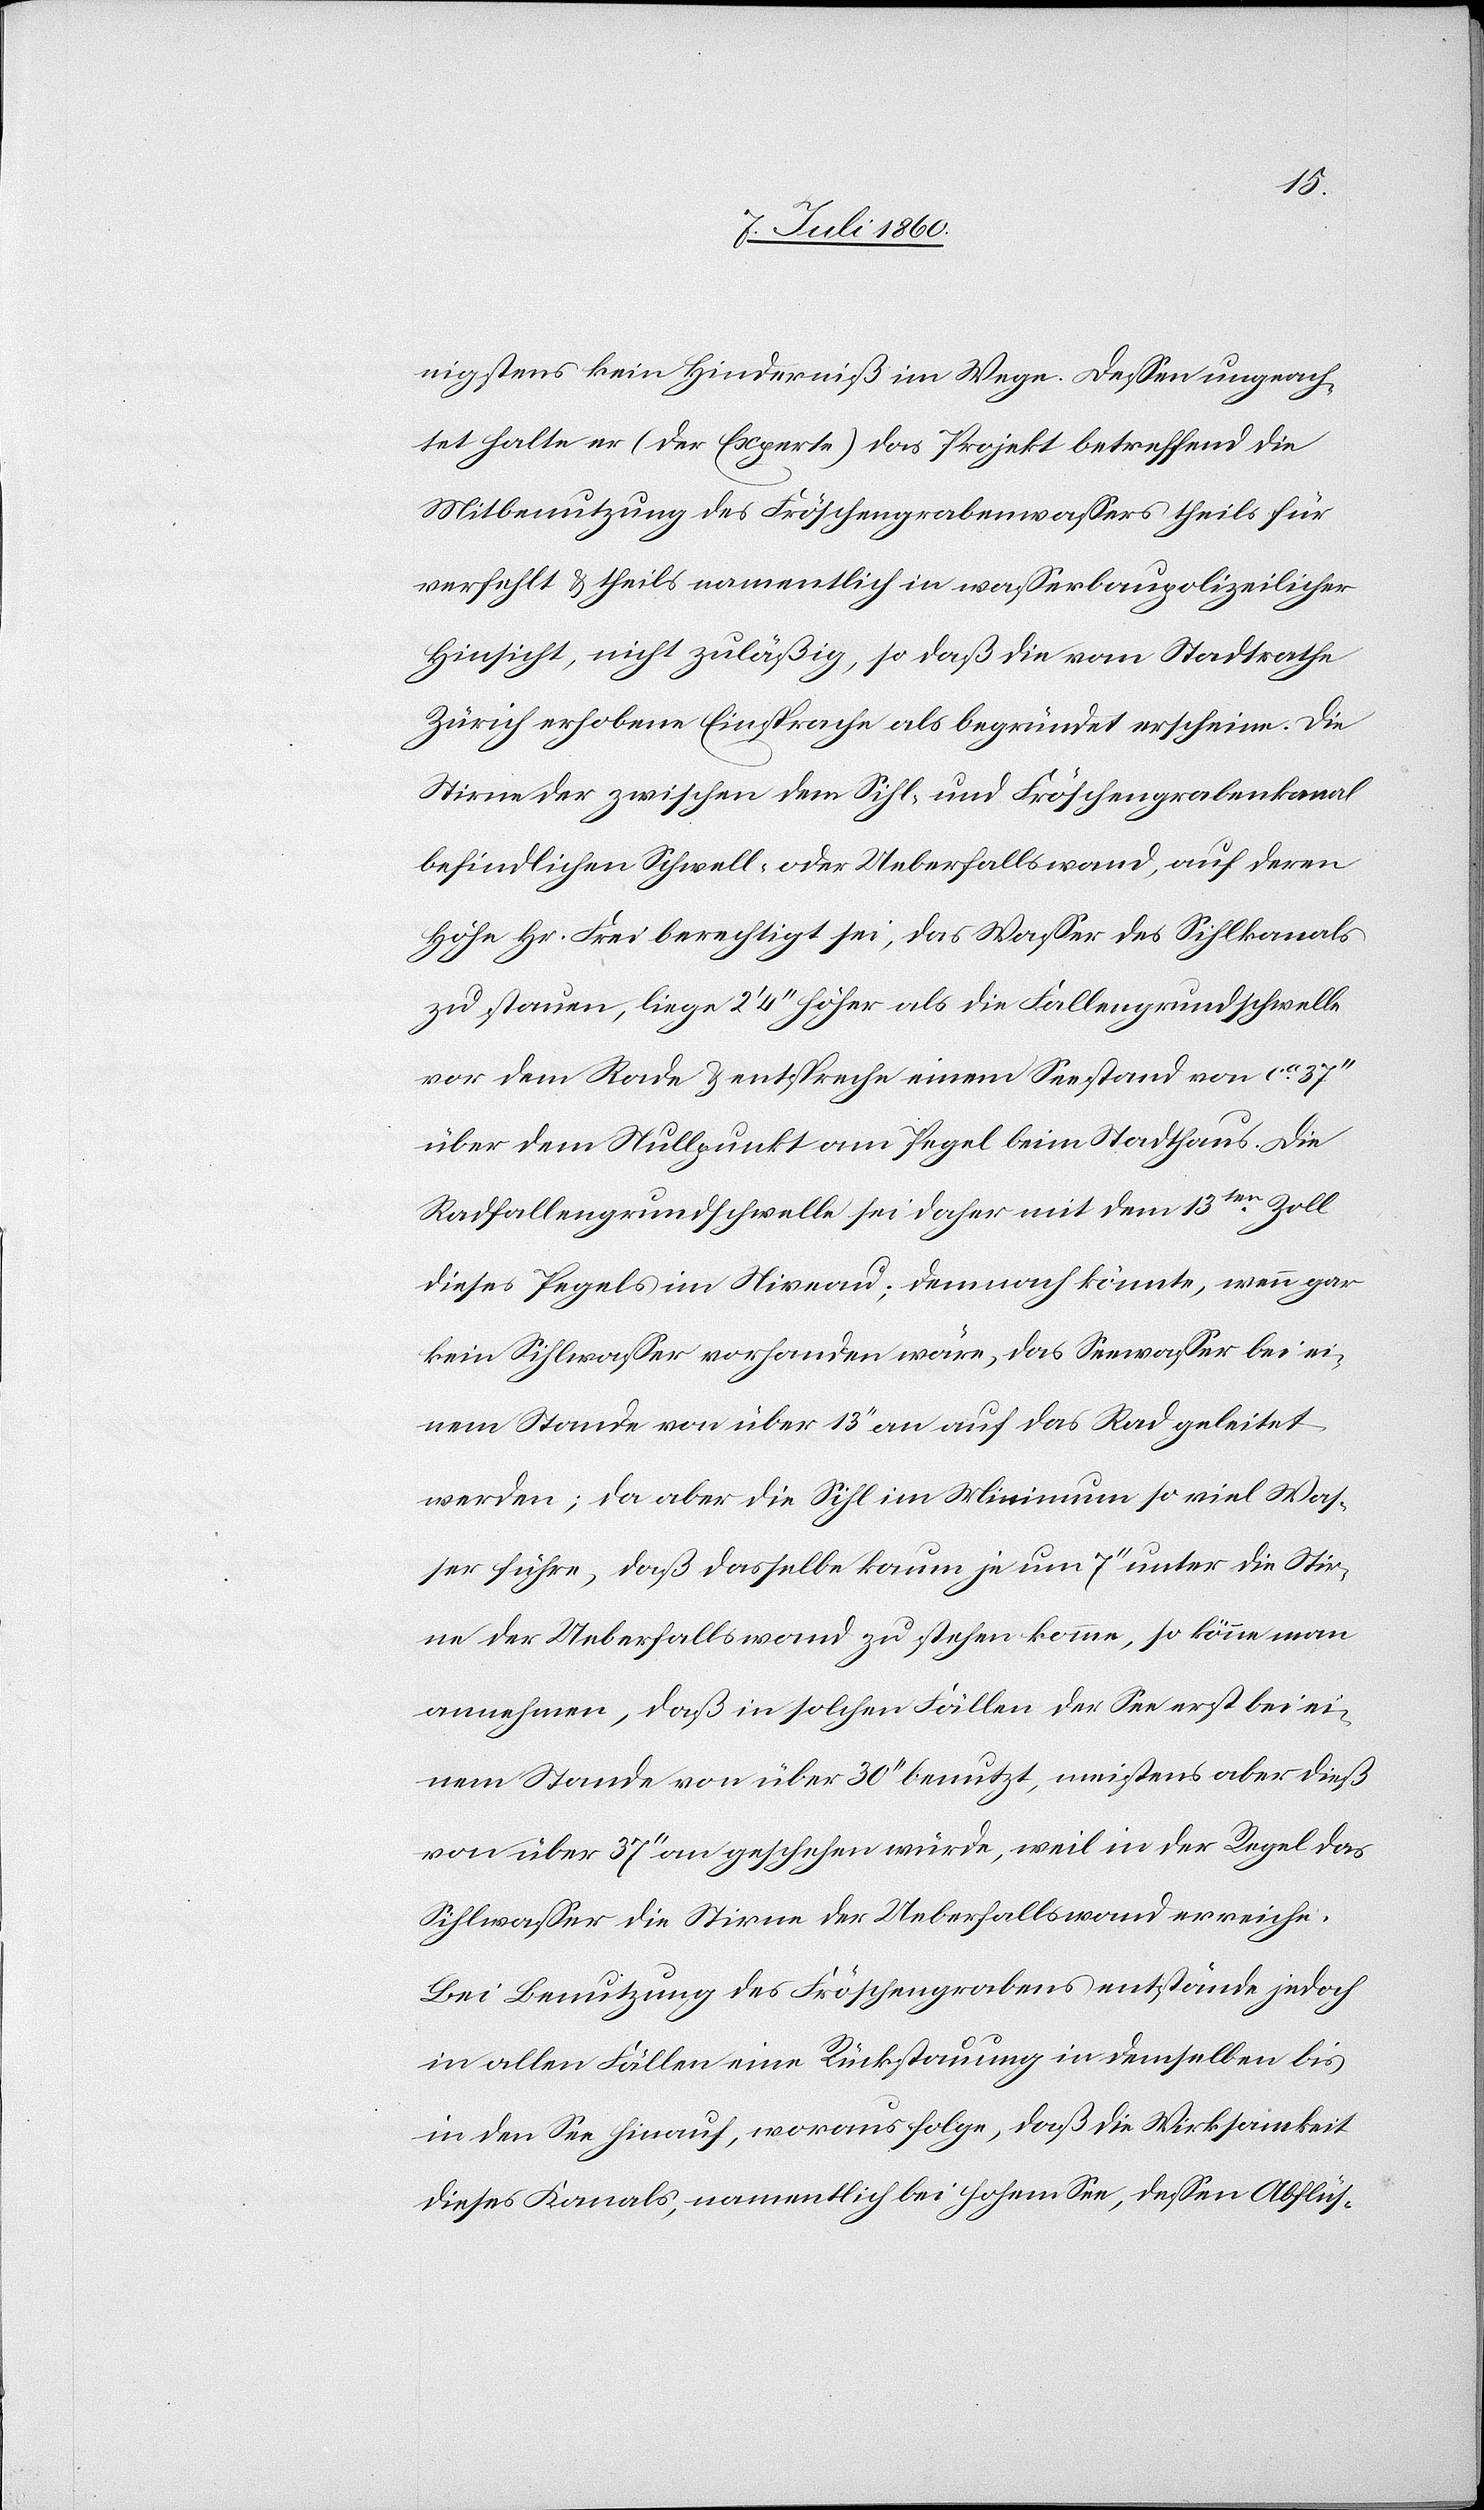
nigstens kein Hinderniß im Wege. Dessen ungeach¬
tet halte er (der Experte) das Projekt betreffend die
Mitbenutzung des Fröschengrabenwassers theils für
verfehlt & theils namentlich in wasserbaupolizeilicher
Hinsicht, nicht zuläßig, so daß die vom Stadtrathe
Zürich erhobene Einsprache als begründet erscheine. Die
Stirne der zwischen Sihl- und Fröschengrabenkanal
befindlichen Schwell- oder Ueberfallswand, auf deren
Höhe Hr. Frei berechtigt sei, das Wasser des Sihlkanals
zu stauen, liege 2’ 4’’ höher als die Fallengrundschwelle
vor dem Rade & entspreche einem Seestand von ca. 37’’
über dem Nullpunkt am Pegel beim Stadthaus. Die
Radfallengrundschwelle sei daher mit dem 13ten. Zoll
dieses Pegels im Niveau; demnach könnte, wenn gar
kein Sihlwasser vorhanden wäre, das Seewasser bei ei¬
nem Stande von über 13’’ an auf das Rad geleitet
werden; da aber die Sihl im Minimum so viel Was¬
ser führe, daß dasselbe kaum je um 7’’ unter der Stir¬
ne der Ueberfallswand zu stehen komme, so könne man
annehmen, daß in solchen Fällen der See erst bei ei¬
nem Stande von über 30’’ benutzt, meistens aber dieß
von über 37’’ an geschehen würde, weil in der Regel das
Sihlwasser die Stirne der Ueberfallswand erreiche.
Bei Benutzung des Fröschengrabens entstände jedoch
in allen Fällen eine Rückstauung in demselben bis
in den See hinauf, woraus folge, daß die Wirksamkeit
dieses Kanals, namentlich bei hohem See, dessen Abflüs-